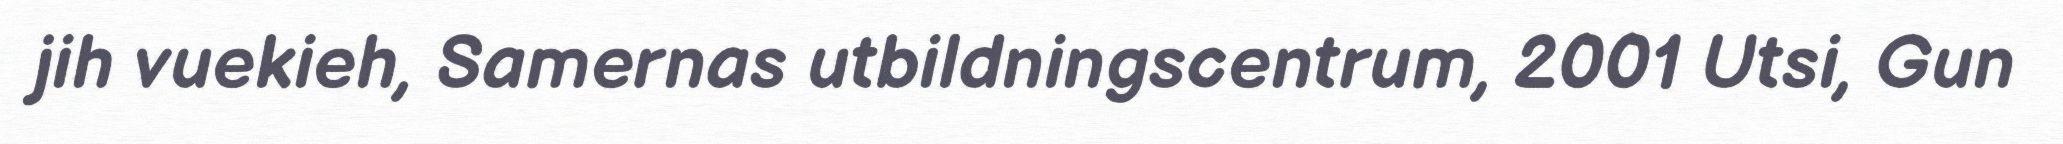
jih vuekieh, Samernas utbildningscentrum, 2001 Utsi, Gun